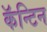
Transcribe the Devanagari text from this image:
कॅन्टिन